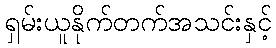
ရှမ်းယူနိုက်တက်အသင်းနှင့်